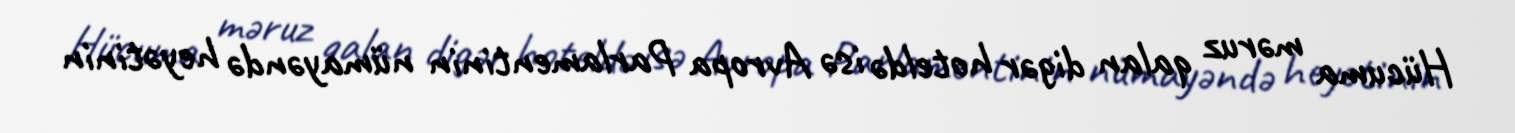
Hücuma məruz qalan digər hoteldə isə Avropa Parlamentinin nümayəndə heyətinin